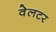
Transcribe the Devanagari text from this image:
वेलटर